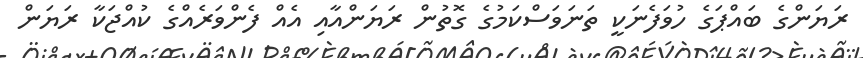
ރަޔަންގެ ބައްޕަގެ ހުވަފެނަކީ ތަނަވަސްކަމުގެ ގޮތުން ރަޔަންއާއި އެއް ފެންވަރެއްގެ ކުއްޖަކާ ރަޔަން